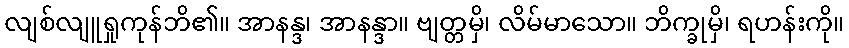
လျစ်လျူရှုကုန်ဘိ၏။ အာနန္ဒ၊ အာနန္ဒာ။ ဗျတ္တမှိ၊ လိမ်မာသော။ ဘိက္ခုမှိ၊ ရဟန်းကို။